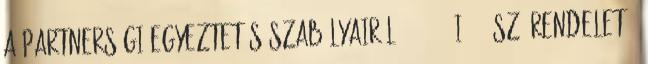
a partnerségi egyeztetés szabályairól 3 2017. I.30. sz. rendelet –